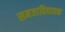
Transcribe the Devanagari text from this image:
समजाविघातक